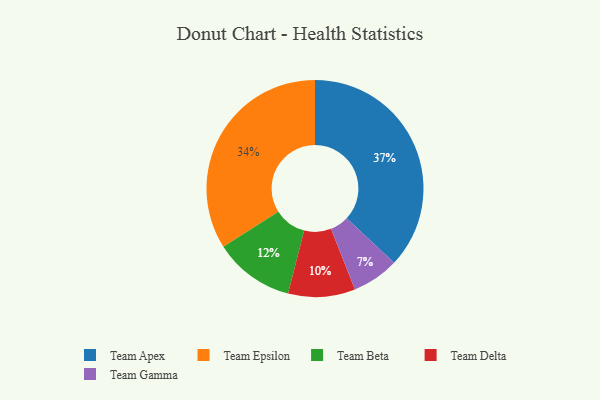
{"axis": {"x": "Category", "y": "Percentage"}, "legend": ["Team Apex", "Team Beta", "Team Delta", "Team Epsilon", "Team Gamma"], "data": [{"x": "Team Epsilon", "y": 34, "type": "Team Epsilon"}, {"x": "Team Gamma", "y": 7, "type": "Team Gamma"}, {"x": "Team Beta", "y": 12, "type": "Team Beta"}, {"x": "Team Delta", "y": 10, "type": "Team Delta"}, {"x": "Team Apex", "y": 37, "type": "Team Apex"}]}